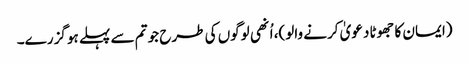
(ایمان کا جھوٹا دعویٰ کرنے والو)، اُنھی لوگوں کی طرح جو تم سے پہلے ہو گزرے۔